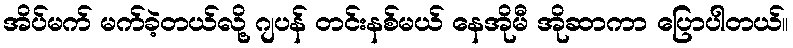
အိပ်မက် မက်ခဲ့တယ်လို့ ဂျပန် တင်းနစ်မယ် နေအိုမီ အိုဆာကာ ပြောပါတယ်။